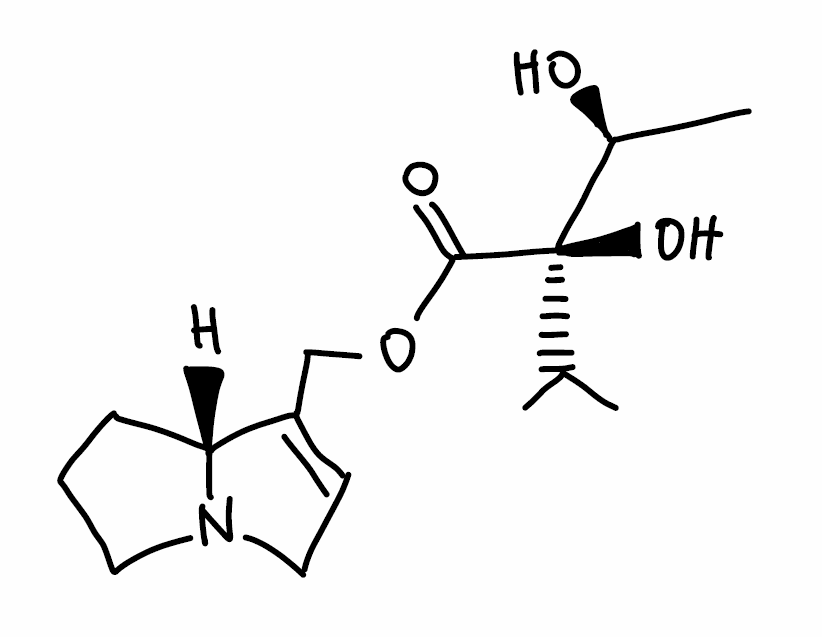
Simplified molecular-input line-entry system (SMILES) notation of the given molecule:
C[C@@H]([C@](C(C)C)(C(=O)OCC1=CCN2[C@@H]1CCC2)O)O